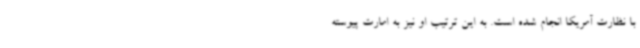
با نظارت آمریکا انجام شده است. به این ترتیب او نیز به امارت پیوسته